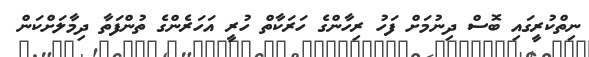
ނިތްކުރީގައި ބޮސް ދިނުމަށް ފަހު ރިހާންގެ ހަރަކާތް ހުރީ އަހަރެންގެ ތުންފަތާ ދިމާލަށްކަން